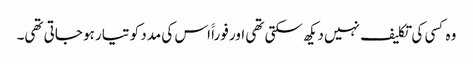
وہ کسی کی تکلیف نہیں دیکھ سکتی تھی اور فوراََ اس کی مدد کو تیار ہو جاتی تھی۔